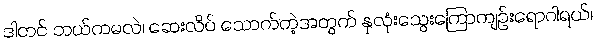
ဒါတင် ဘယ်ကမလဲ၊ ဆေးလိပ် သောက်တဲ့အတွက် နှလုံးသွေးကြောကျဉ်းရောဂါရယ်၊